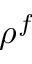
\rho ^ { f }